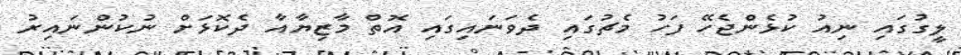
ލީގުގައި ނިއު ކުޅެންޖެހޭ ފަހު މެޗުގައި ދެވަނައިގައި އޮތް މާޒިޔާއާ ދެކޮޅަށް ނުކުންނައިރު